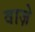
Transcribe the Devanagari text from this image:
वाज़े